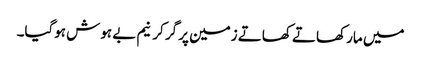
میں مار کھاتے کھاتے زمین پر گر کر نیم بے ہوش ہوگیا۔